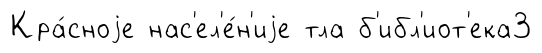
Кра́сноjе нас'ел'е́н'иjе тла б'ибл'иот'ека3